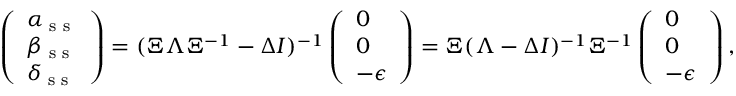
\left( \begin{array} { l } { \alpha _ { \textrm { s s } } } \\ { \beta _ { \textrm { s s } } } \\ { \delta _ { \textrm { s s } } } \end{array} \right) = ( \Xi \Lambda \Xi ^ { - 1 } - \Delta I ) ^ { - 1 } \left( \begin{array} { l } { 0 } \\ { 0 } \\ { - \epsilon } \end{array} \right) = \Xi ( \Lambda - \Delta I ) ^ { - 1 } \Xi ^ { - 1 } \left( \begin{array} { l } { 0 } \\ { 0 } \\ { - \epsilon } \end{array} \right) ,